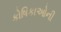
કોષિકાઓની